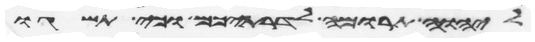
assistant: ליהוה תרומה לדרתיכם וכי תשגו